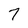
Character: 7